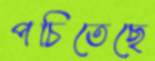
পচিতেছে